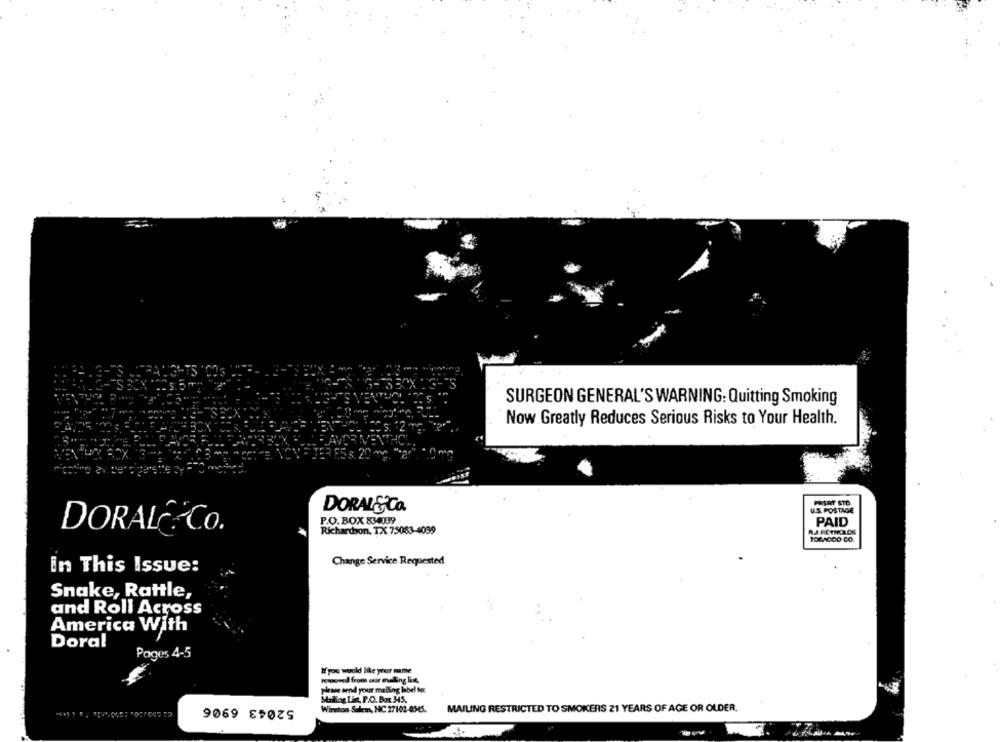
SURGEON GENERAL'S WARNING: Quitting Smoking
Now Greatly Reduces Serious Risks to Your Health.
PRSRT STO
DORAL&CO.
U.S. POSTAGE
P.O. BOX 834039
PAID
DORALOCO.
Richardson, TX 75083-4039
RJ.FETIKADS
106,1000 CO.
Change Service Requested
in This Issue:
Snake, Rattle,
and Roll Across
America With
Doral
Pages 4-5
If you would like your mitte
removed from our evling list,
please send your malling label ter
52043 6906
Matlag Lin, P.O. Box 345,
Wirton Selem, NC 27102-0345.
MAILING RESTRICTED TO SMOKERS 21 YEARS OF AGE OR OLDER.